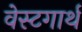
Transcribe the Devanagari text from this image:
वेस्टगार्थ